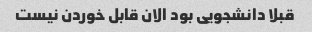
قبلا دانشجویی بود الان قابل خوردن نیست